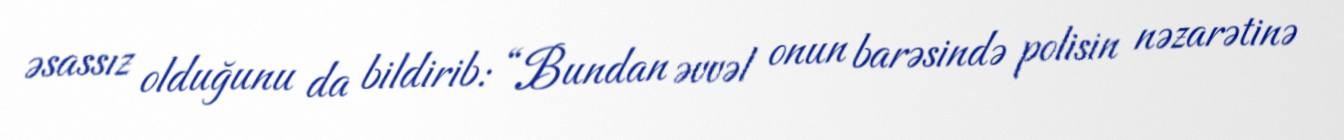
əsassız olduğunu da bildirib: “Bundan əvvəl onun barəsində polisin nəzarətinə